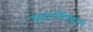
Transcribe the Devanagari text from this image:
उत्तरपरिणाम